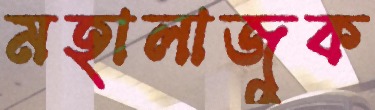
মহালাজুক